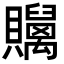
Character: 𧹇